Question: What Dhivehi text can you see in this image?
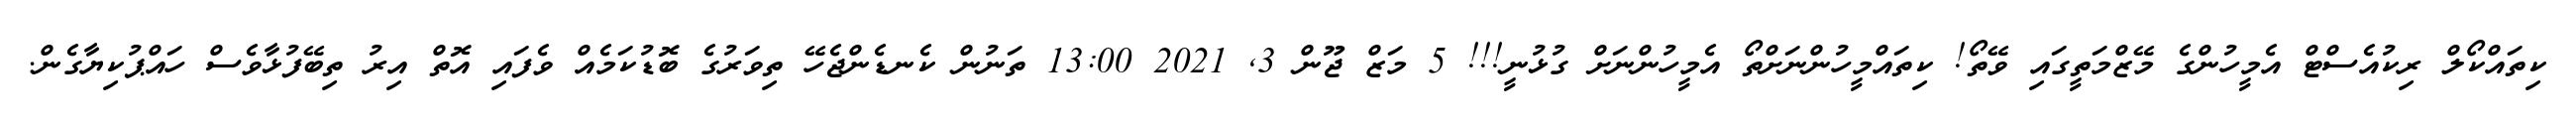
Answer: ކިތައްކޯލް ރިކުއެސްޓް އެމީހުންގެ މޭޒްމަތީގައި ވޭތޯ! ކިތައްމީހުންނަށްތޯ އެމީހުންނަށް ގުޅުނީ!!! 5 މަޒް ޖޫން 3, 2021 13:00 ތަނުން ކެނޑެންޖެހޭ ތިވަރުގެ ބޮޑުކަމެއް ވެފައި އޮތް އިރު ތިބޭފުޅާވެސް ހައްޕުކިޔާގެން.